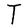
Character: T